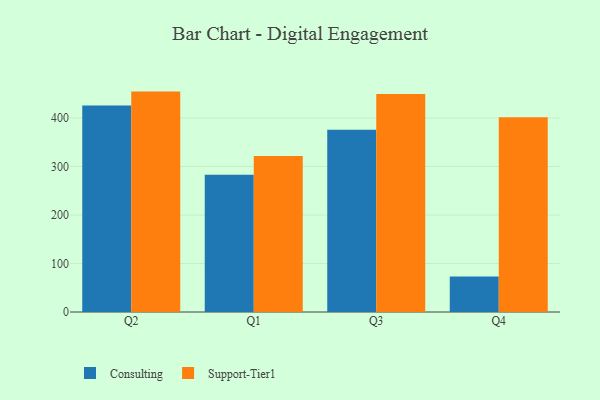
{"axis": {"x": "Quarter", "y": "Website Visitors"}, "legend": ["Consulting", "Support-Tier1"], "data": [{"x": "Q2", "y": 426.1, "type": "Consulting"}, {"x": "Q2", "y": 454.6, "type": "Support-Tier1"}, {"x": "Q1", "y": 283.1, "type": "Consulting"}, {"x": "Q1", "y": 321.8, "type": "Support-Tier1"}, {"x": "Q3", "y": 376.1, "type": "Consulting"}, {"x": "Q3", "y": 449.7, "type": "Support-Tier1"}, {"x": "Q4", "y": 73.4, "type": "Consulting"}, {"x": "Q4", "y": 401.6, "type": "Support-Tier1"}]}